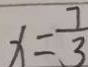
x = \frac { 7 } { 3 }